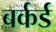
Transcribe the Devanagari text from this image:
बर्कर्ड